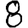
Digit: 8